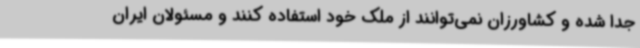
جدا شده و کشاورزان نمی‌توانند از ملک خود استفاده کنند و مسئولان ایران